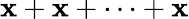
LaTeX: \mathbf{x}+\mathbf{x}+\cdots+\mathbf{x}